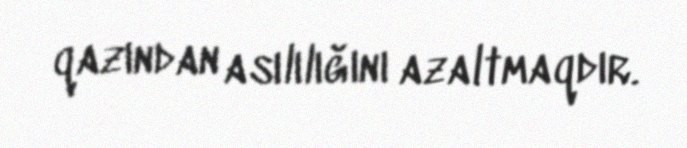
qazından asılılığını azaltmaqdır.